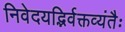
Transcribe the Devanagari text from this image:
निवेदयद्भिर्वक्तव्यंतैः